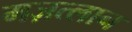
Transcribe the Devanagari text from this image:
मज़त्लान